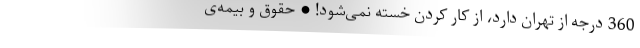
360 درجه از تهران دارد، از کار کردن خسته نمی‌شود! • حقوق و بیمه‌ی